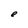
Character: e